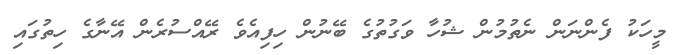
މީހަކު ފެންނަން ނެތުމުން ޝުހާ ވަގުތުގެ ބޭނުން ހިފިއެވެ ރޭއްސުރެން އޭނާގެ ހިތުގައި